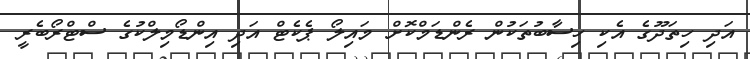
އަދި ހިތަދޫގެ އެކި ހިސާބުތަކުން ރެންޑަމްކޮށް މައިލޯ ޕެކެޓް އަދި އިންޑޯމިލްކުގެ ސްޓްރޯބެރީ